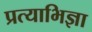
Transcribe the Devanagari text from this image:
प्रत्याभिज्ञा